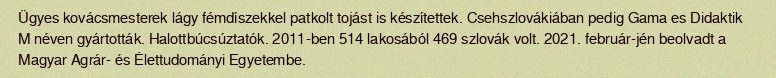
Ügyes kovácsmesterek lágy fémdíszekkel patkolt tojást is készítettek. Csehszlovákiában pedig Gama es Didaktik M néven gyártották. Halottbúcsúztatók. 2011-ben 514 lakosából 469 szlovák volt. 2021. február-jén beolvadt a Magyar Agrár- és Élettudományi Egyetembe.